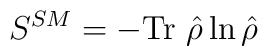
S^{SM}=-\mbox{Tr}~\hat{\rho}\ln \hat{\rho}~~~